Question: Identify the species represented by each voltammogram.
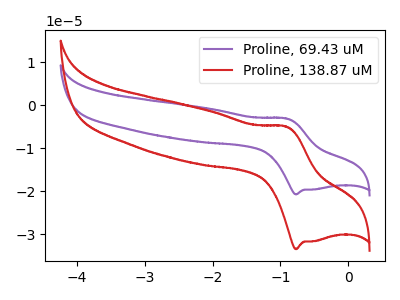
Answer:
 <answer>The purple curve is labeled "Proline, 69.43 uM". The red curve is labeled "Proline, 138.87 uM".</answer>
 <eval></eval>